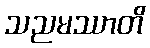
သညမဿာတိ